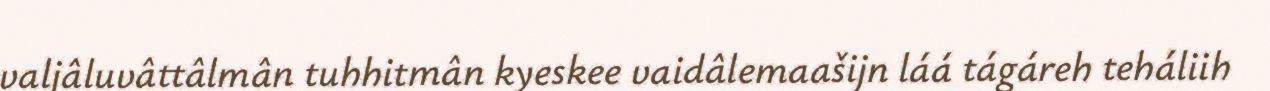
valjâluvâttâlmân tuhhitmân kyeskee vaidâlemaašijn láá tágáreh teháliih